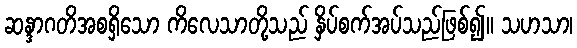
ဆန္ဒာဂတိအစရှိသော ကိလေသာတို့သည် နှိပ်စက်အပ်သည်ဖြစ်၍။ သဟသာ၊